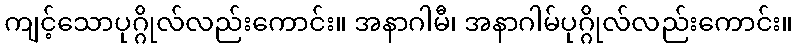
ကျင့်သောပုဂ္ဂိုလ်လည်းကောင်း။ အနာဂါမီ၊ အနာဂါမ်ပုဂ္ဂိုလ်လည်းကောင်း။